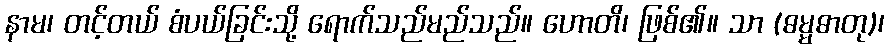
နာမ၊ တင့်တယ် စံပယ်ခြင်းသို့ ရောက်သည်မည်သည်။ ဟောတိ၊ ဖြစ်၏။ သာ (ဓမ္မဓာတု)၊